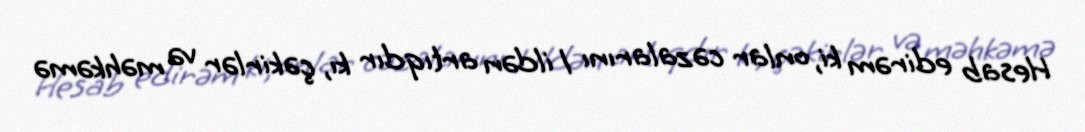
Hesab edirəm ki, onlar cəzalarını 1 ildən artıqdır kı, çəkirlər və məhkəmə